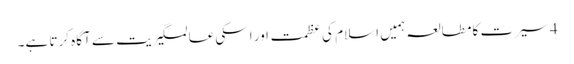
4 سیرت کا مطالعہ ہمیں اسلام کی عظمت اور اسکی عالمگیریت سے آگاہ کرتا ہے۔